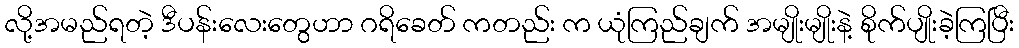
လို့အမည်ရတဲ့ ဒီပန်းလေးတွေဟာ ဂရိခေတ် ကတည်း က ယုံကြည်ချက် အမျိုးမျိုးနဲ့ စိုက်ပျိုးခဲ့ကြပြီး